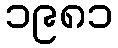
၁၉၈၁